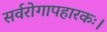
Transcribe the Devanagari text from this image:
सर्वरोगापहारकः।